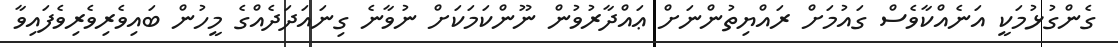
ގެންގުޅުމަކީ އަނެއްކާވެސް ގައުމަށް ރައްޔިތުންނަށް ޢައްދާރުވުން ނޫންކަމަކަށް ނުވާނެ ގިނައަދަދެއްގެ މީހުން ބައިވެރިވެރިވެފައިވާ